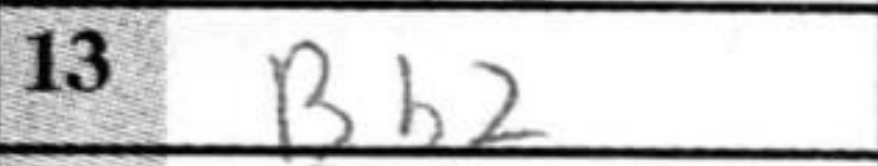
Transcription: Bb2